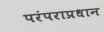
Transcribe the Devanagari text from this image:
परंपराप्रधान